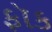
ફૉક